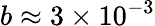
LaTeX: b\approx 3\times 10^{-3}